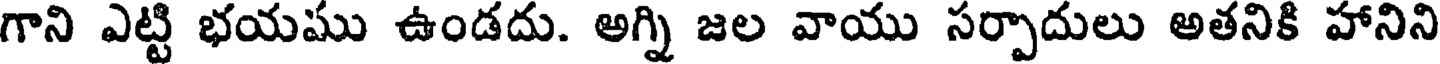
గాని ఎట్టి భయము ఉండదు. అగ్ని జల వాయు సర్పాదులు అతనికి హానిని